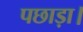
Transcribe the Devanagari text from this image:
पछाड़ा।